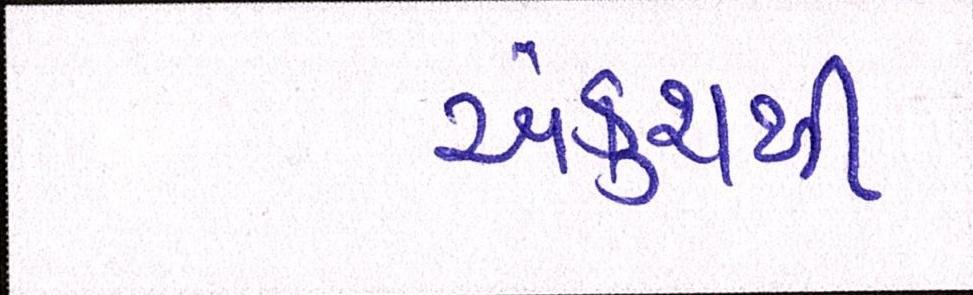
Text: અંકુશથી